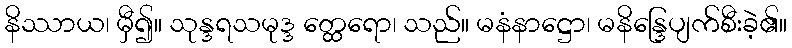
နိဿာယ၊ မှီ၍။ သုန္ဒရသမုဒ္ဒ တ္ထေရော၊ သည်။ မနံနာဋ္ဌော၊ မနိန္ဒြေပျက်စီးခဲ့၏။